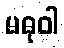
မဓုဝါ